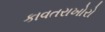
કાવતરાખોરો